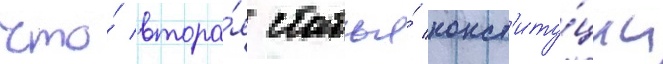
что́ втора́я статья́ конст'иту́ции